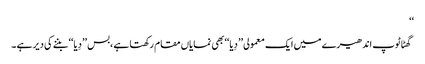
‘‘
گھٹاٹوپ اندھیرے میں ایک معمولی’’ دِیا‘‘بھی نمایاں مقام رکھتا ہے ،بس ’’دِیا‘‘ بننے کی دیر ہے ۔